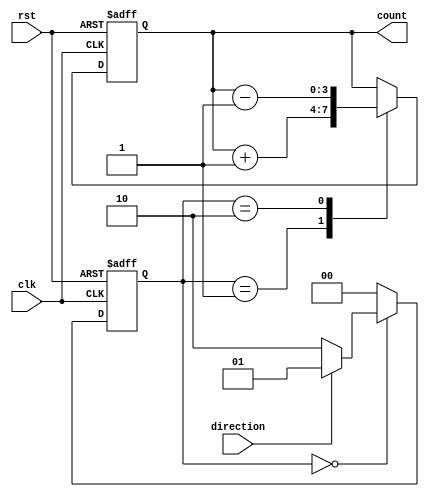
module Counter(
    input clk,
    input rst,
    input direction,
    output reg [3:0] count
);

// Define states for the state machine
parameter IDLE = 2'b00;
parameter INC = 2'b01;
parameter DEC = 2'b10;

// Define the state register
reg [1:0] state;

// Define the count register
reg [3:0] count_reg;

always @ (posedge clk or posedge rst) begin
    if (rst) begin
        state <= IDLE;
        count_reg <= 4'b0000;
    end else begin
        case(state)
            IDLE: begin
                if (direction) begin
                    state <= INC;
                end else begin
                    state <= DEC;
                end
            end
            INC: begin
                count_reg <= count_reg + 1;
                state <= IDLE;
            end
            DEC: begin
                count_reg <= count_reg - 1;
                state <= IDLE;
            end
            default: state <= IDLE;
        endcase
    end
end

assign count = count_reg;

endmodule